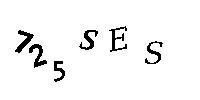
72SES